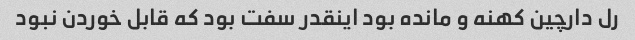
رل دارچین کهنه و مانده بود اینقدر سفت بود که قابل خوردن نبود